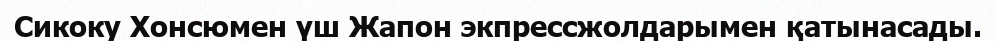
Сикоку Хонсюмен үш Жапон экпрессжолдарымен қатынасады.